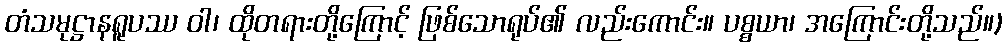
တံသမုဋ္ဌာနရူပဿ ဝါ၊ ထိုတရားတို့ကြောင့် ဖြစ်သောရုပ်၏ လည်းကောင်း။ ပစ္စယာ၊ အကြောင်းတို့သည်။)